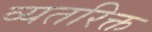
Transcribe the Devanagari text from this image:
व्यतरिक्त